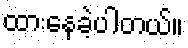
ထားနေခဲ့ပါတယ်။